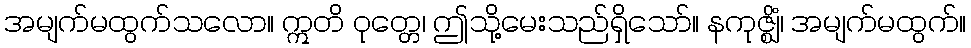
အမျက်မထွက်သလော။ ဣတိ ဝုတ္တေ၊ ဤသို့မေးသည်ရှိသော်။ နကုဇ္ဈိံ၊ အမျက်မထွက်။